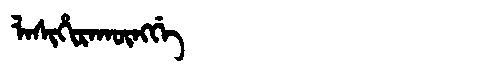
Manchu: ᠯᠠᠰᡳᡥᡳᡵᠠᡴᡡᠩᡤᡝ
Romanization: LASIHIRAKŪNGGE